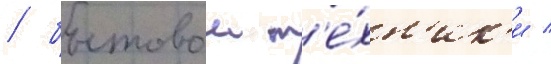
/ бытовои т'е́хн'ик'и /